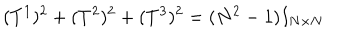
( T ^ { 1 } ) ^ { 2 } + ( T ^ { 2 } ) ^ { 2 } + ( T ^ { 3 } ) ^ { 2 } = ( N ^ { 2 } - 1 ) I _ { N \times N }